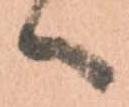
へ